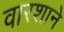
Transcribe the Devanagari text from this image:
वारशाने